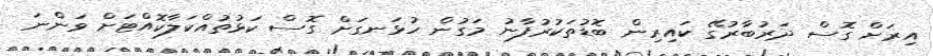
އިރަށް ގޮސް ދަރުބާރުގޭ ކައިރިން ބޮޑުތަކުރުފާނު މަގުން ހުޅަނގަށް ގޮސް ކަޅުތުއްކަލާކޮއްޓަށް ވަންނަ